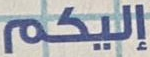
إليكم